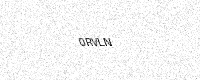
Text: 0RVLN